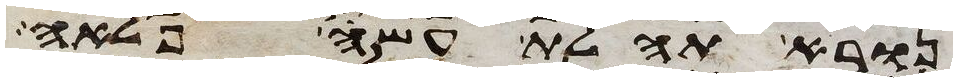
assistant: נורא תהלת עשה פלאה